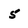
Character: 5